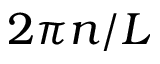
2 \pi n / L